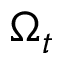
\Omega _ { t }